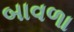
બાવળા